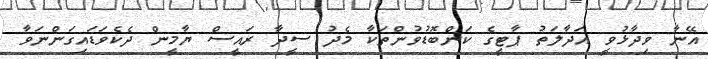
އޭނާ ވިދާޅުވީ އަދާލަތު ޕާޓީގެ ކަންބޮޑުވުންތަކާ މެދު ސީދާ ރައީސް ޔާމީން ދެކެވަޑައިގަންނަވާ